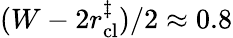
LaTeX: (W-2r_{\mathrm{cl}}^{\ddagger})/2\approx 0.8